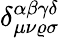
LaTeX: \delta_{\mu\nu\varrho\sigma}^{\alpha\beta\gamma\delta}